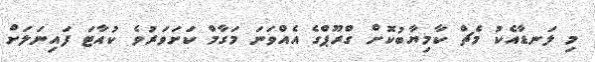
މި ލަނޑާއެކު މެޗް ކާމިޔާބުކޮށް ގްރޫޕްގެ އެއްވަނަ މަގާމް ކަށަވަރުވެ ކުއާޓަ ފައިނަލަށް